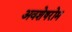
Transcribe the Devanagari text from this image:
अवशेषरोम